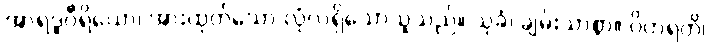
အာရဒ္ဓဝီရိယော၊ အားထုတ်သော လုံလရှိသောသူသည်။ သုခံ၊ ချမ်းသာစွာ။ ဝိဟရတိ၊